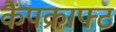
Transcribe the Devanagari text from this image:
कैंपक्राफ्ट